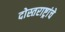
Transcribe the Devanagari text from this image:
दोस्तराष्ट्रांचे